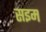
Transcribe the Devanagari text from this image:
सइम